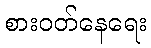
စားဝတ်နေရေး